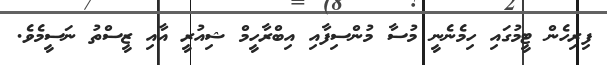
ފިރިހެން ޓީމުގައި ހިމެނެނީ މުސާ މުންސިފާއި އިބްރާހީމް ޝިއުރީ އާއި ޒީސްތު ނަސީމެވެ.